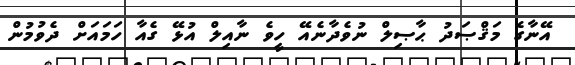
އޭނާގެ މަޤްޞަދު ޙާޞިލް ނުވެދާނެއޭ ހީވެ ނާއިލް އުޅޭ ގެއާ ހަމައަށް ދެވުމުން